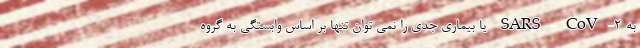
به SARS-CoV-۲ یا بیماری جدی را نمی توان تنها بر اساس وابستگی به گروه